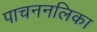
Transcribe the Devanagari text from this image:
पाचननलिका